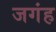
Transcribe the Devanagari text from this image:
जगंह